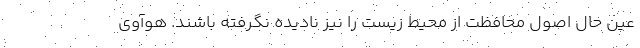
عین حال اصول محافظت از محیط زیست را نیز نادیده نگرفته باشند. هوآوی